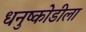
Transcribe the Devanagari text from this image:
धनुष्कोडीला